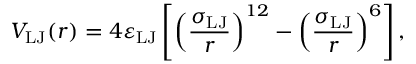
V _ { \mathrm { L J } } ( r ) = 4 \varepsilon _ { \mathrm { L J } } \left[ \left( \frac { \sigma _ { \mathrm { L J } } } { r } \right) ^ { 1 2 } - \left( \frac { \sigma _ { \mathrm { L J } } } { r } \right) ^ { 6 } \right] ,